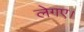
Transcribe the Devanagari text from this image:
लेगए।